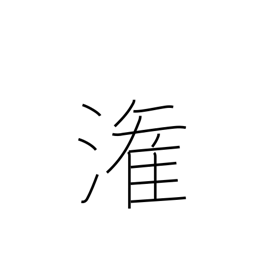
Meaning: pour into